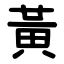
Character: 黃